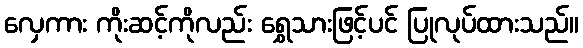
လှေကား ကိုးဆင့်ကိုလည်း ရွှေသားဖြင့်ပင် ပြုလုပ်ထားသည်။